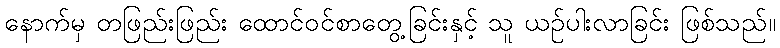
နောက်မှ တဖြည်းဖြည်း ထောင်ဝင်စာတွေ့ခြင်းနှင့် သူ ယဉ်ပါးလာခြင်း ဖြစ်သည်။